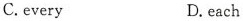
C.every D.cach